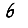
Digit: 6